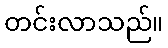
တင်းလာသည်။